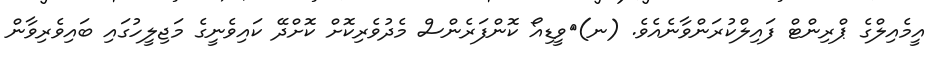
އީމެއިލްގެ ޕްރިންޓް ފައިލްކުރަންވާނެއެވެ. (ނ)	ވީޑިއޯ ކޮންފަރެންސް މެދުވެރިކޮށް ކޮށްދޭ ކައިވެނީގެ މަޖިލީހުގައި ބައިވެރިވާން